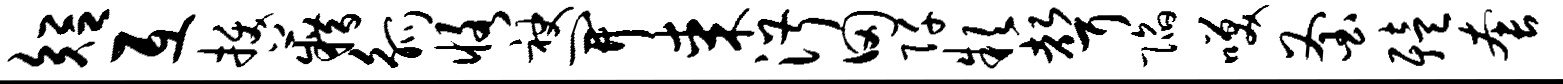
短互拔籍觚恪袂开某淑田阡款声陷笑釜殪套